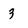
Character: 3